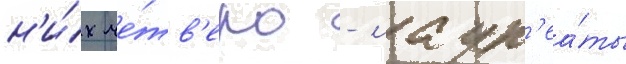
н'и́х че́тв'еро - лаур'еа́ты